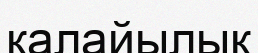
қалайылық